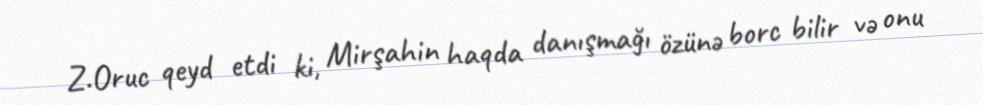
Z.Oruc qeyd etdi ki, Mirşahin haqda danışmağı özünə borc bilir və onu